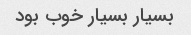
بسیار بسیار خوب بود